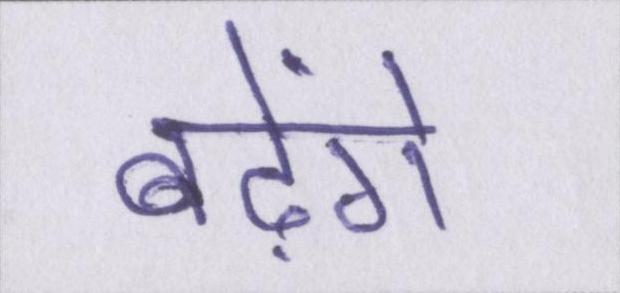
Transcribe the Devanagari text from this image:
बढ़ेंगे